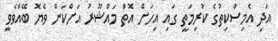
އަދި އެމިސްކިތުގެ ކުރިމަތީ ގައި އިހަށް އޮތް މައްޝޫރު އަށްކަން ވެޔޮ ބޭއްވެވީ